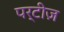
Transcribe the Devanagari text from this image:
पर्टीज़